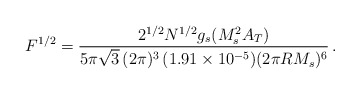
\begin{align*}F^{1/2} = \frac{2^{1/2} N^{1/2} g_s (M_s^2A_T)}{5\pi\sqrt{3}\,(2\pi)^3\,(1.91\times 10^{-5})(2\pi R M_s)^6}\,.\end{align*}